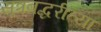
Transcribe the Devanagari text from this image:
सूत्रबद्धरीत्या